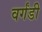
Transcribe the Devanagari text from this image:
वर्गंडी